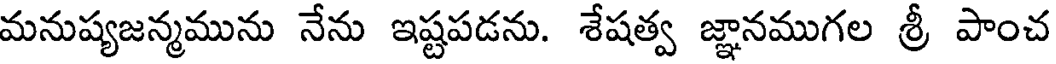
మనుష్యజన్మమును నేను ఇష్టపడను. శేషత్వ జ్ఞానముగల శ్రీ పాంచ